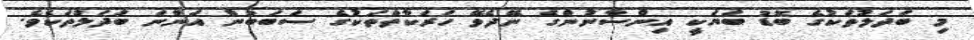
މި ބަދަލުތަކުގެ ބޮޑު ބަޔަކީ އިންސާނުންގެ ނޭދެވޭ ހަރަކާތްތަކުގެ ސަބަބުން އަންނަ ބަދަލުތަކެވެ.